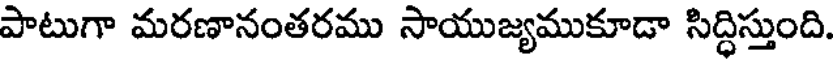
పాటుగా మరణానంతరము సాయుజ్యముకూడా సిద్ధిస్తుంది.